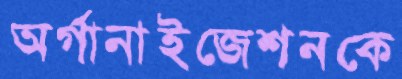
অর্গানাইজেশনকে